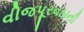
વીજપૂરવઠાની